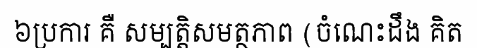
៦ប្រការ គឺ សម្បត្តិសមត្ថភាព (ចំណេះដឹង គិត